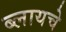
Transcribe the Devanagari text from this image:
ब्लायचे